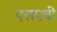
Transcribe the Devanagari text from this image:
एलएबी